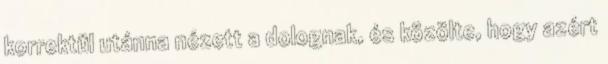
korrektül utánna nézett a dolognak, és közölte, hogy azért